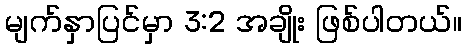
မျက်နှာပြင်မှာ 3:2 အချိုး ဖြစ်ပါတယ်။